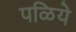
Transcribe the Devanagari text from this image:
पळिये